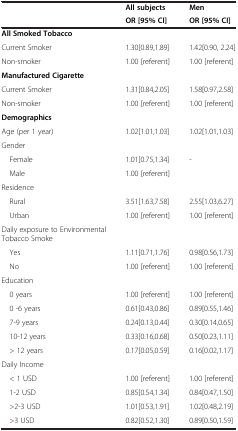
<table><thead><tr><td><b> </b></td><td><b>All subjects</b></td><td><b>Men</b></td></tr><tr><td><b> </b></td><td><b>OR [95% CI]</b></td><td><b>OR [95% CI]</b></td></tr></thead><tbody><tr><td><b>All Smoked Tobacco</b></td><td> </td><td> </td></tr><tr><td>Current Smoker</td><td>1.30[0.89,1.89]</td><td>1.42[0.90, 2.24]</td></tr><tr><td>Non-smoker</td><td>1.00 [referent]</td><td>1.00 [referent]</td></tr><tr><td><b>Manufactured Cigarette</b></td><td> </td><td> </td></tr><tr><td>Current Smoker</td><td>1.31[0.84,2.05]</td><td>1.58[0.97,2.58]</td></tr><tr><td>Non-smoker</td><td>1.00 [referent]</td><td>1.00 [referent]</td></tr><tr><td><b>Demographics</b></td><td> </td><td> </td></tr><tr><td>Age (per 1 year)</td><td>1.02[1.01,1.03]</td><td>1.02[1.01,1.03]</td></tr><tr><td>Gender</td><td> </td><td> </td></tr><tr><td> Female</td><td>1.01[0.75,1.34]</td><td>-</td></tr><tr><td> Male</td><td>1.00 [referent]</td><td> </td></tr><tr><td>Residence</td><td> </td><td> </td></tr><tr><td> Rural</td><td>3.51[1.63,7.58]</td><td>2.55[1.03,6.27]</td></tr><tr><td> Urban</td><td>1.00 [referent]</td><td>1.00 [referent]</td></tr><tr><td>Daily exposure to Environmental Tobacco Smoke</td><td> </td><td> </td></tr><tr><td> Yes</td><td>1.11[0.71,1.76]</td><td>0.98[0.56,1.73]</td></tr><tr><td> No</td><td>1.00 [referent]</td><td>1.00 [referent]</td></tr><tr><td>Education</td><td> </td><td> </td></tr><tr><td> 0 years</td><td>1.00 [referent]</td><td>1.00 [referent]</td></tr><tr><td> 0 -6 years</td><td>0.61[0.43,0.86]</td><td>0.89[0.55,1.46]</td></tr><tr><td> 7-9 years</td><td>0.24[0.13,0.44]</td><td>0.30[0.14,0.65]</td></tr><tr><td> 10-12 years</td><td>0.33[0.16,0.68]</td><td>0.50[0.23,1.11]</td></tr><tr><td> &gt; 12 years</td><td>0.17[0.05,0.59]</td><td>0.16[0.02,1.17]</td></tr><tr><td>Daily Income</td><td> </td><td> </td></tr><tr><td> &lt; 1 USD</td><td>1.00 [referent]</td><td>1.00 [referent]</td></tr><tr><td> 1-2 USD</td><td>0.85[0.54,1.34]</td><td>0.84[0.47,1.50]</td></tr><tr><td> &gt;2-3 USD</td><td>1.01[0.53,1.91]</td><td>1.02[0.48,2.19]</td></tr><tr><td> &gt;3 USD</td><td>0.82[0.52,1.30]</td><td>0.89[0.50,1.59]</td></tr></tbody></table>